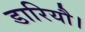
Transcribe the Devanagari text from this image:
डारियौ।